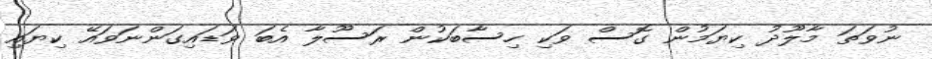
ނުވަތަ މާލޫދު ކިޔަމުން ގޮސް ވަކި ހިސާބަކުން ރަސޫލާ އެބަ ވަޑައިގަންނަވައޭ ކިޔައި